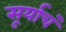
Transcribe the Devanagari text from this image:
सूर्याचं